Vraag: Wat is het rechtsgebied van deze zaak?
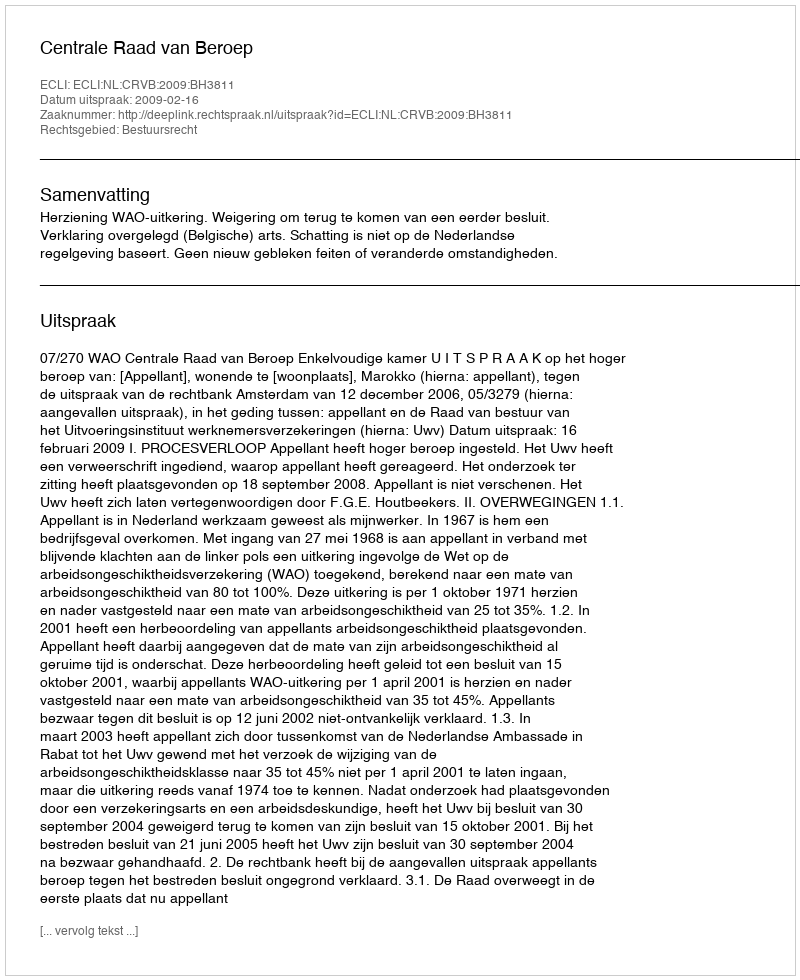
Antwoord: Bestuursrecht